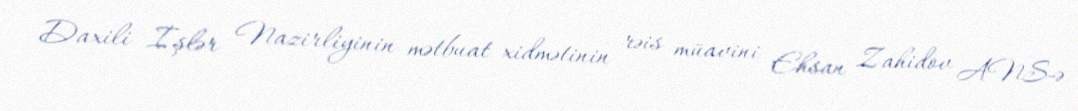
Daxili İşlər Nazirliyinin mətbuat xidmətinin rəis müavini Ehsan Zahidov ANS-ə